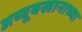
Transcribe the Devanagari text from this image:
अय्यूबखानाच्या